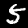
Label: 5